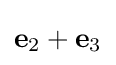
\mathbf {e} _{2}+\mathbf {e} _{3}